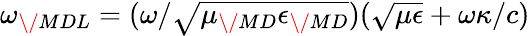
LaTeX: \omega_{\/ {MDL}}=(\omega/\sqrt{\mu_{\/ {MD}}\epsilon_{\/ {MD}}})(\sqrt{\mu\epsilon}+\omega\kappa/c)